Indian journal of veterinary science and animal husbandry - Volume 6,
Year: 1936
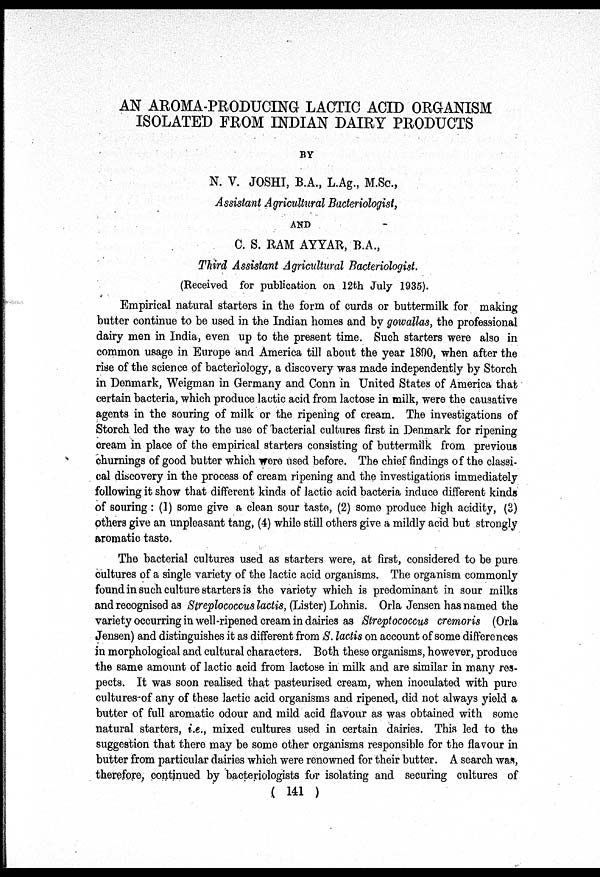
AN AROMA-PRODUCING LACTIC ACID ORGANISM
ISOLATED FROM INDIAN DAIRY PRODUCTS
BY
N. V. JOSHI, B.A., L.Ag, M.Sc.,
Assistant Agricultural Bacteriologist,
AND
C. S. RAM AYYAR, B.A.,
Third Assistant Agricultural Bacteriologist.
(Received for publication on 12th July 1935).
Empirical natural starters in the form of curds or buttermilk for making
butter continue to be used in the Indian homes and by gowallas, the professional
dairy men in India, even up to the present time. Such starters were also in
common usage in Europe and America till about the year 1890, when after the
rise of the science of bacteriology, a discovery was made independently by Storch
in Denmark, Weigman in Germany and Conn in United States of America that
certain bacteria, which produce lactic acid from lactose in milk, were the causative
agents in the souring of milk or the ripening of cream. The investigations of
Storch led the way to the use of bacterial cultures first in Denmark for ripening
cream in place of the empirical starters consisting of buttermilk from previous
churnings of good butter which were used before. The chief findings of the classi-
cal discovery in the process of cream ripening and the investigations immediately
following it show that different kinds of lactic acid bacteria induce different kinds
of souring : (1) some give a clean sour taste, (2) some produce high acidity, (3)
others give an unpleasant tang, (4) while still others give a mildly acid but strongly
aromatic taste.
The bacterial cultures used as starters were, at first, considered to be pure
cultures of a single variety of the lactic acid organisms. The organism commonly
found in such culture starters is the variety which is predominant in sour milks
and recognised as Streplococcus lactis, (Lister) Lohnis. Orla Jensen has named the
variety occurring in well-ripened cream in dairies as Streptococcus cremoris (Orla
Jensen) and distinguishes it as different from S. lactis on account of some differences
in morphological and cultural characters. Both these organisms, however, produce
the same amount of lactic acid from lactose in milk and are similar in many res-
pects. It was soon realised that pasteurised cream, when inoculated with pure
cultures of any of these lactic acid organisms and ripened, did not always yield a
butter of full aromatic odour and mild acid flavour as was obtained with some
natural starters, i.e., mixed cultures used in certain dairies. This led to the
suggestion that there may be some other organisms responsible for the flavour in
butter from particular dairies which were renowned for their butter. A search was,
therefore, continued by bacteriologists for isolating and securing cultures of
( 141 )